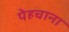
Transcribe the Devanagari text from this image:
पेहचाना